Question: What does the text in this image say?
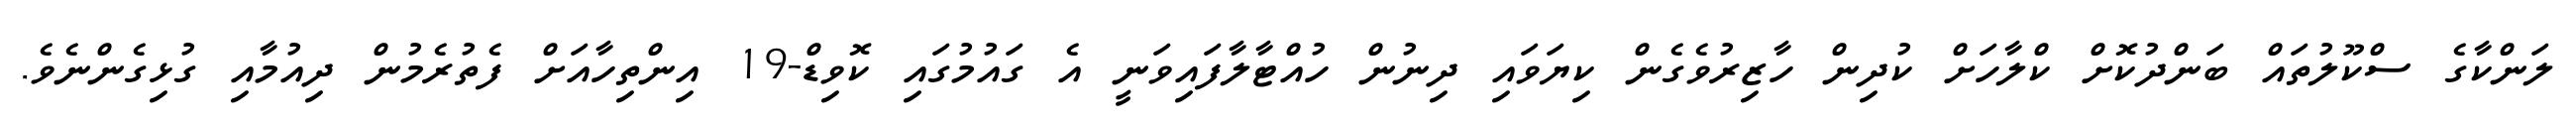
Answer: ލަންކާގެ ސްކޫލުތައް ބަންދުކޮށް ކްލާހަށް ކުދިން ހާޒިރުވެގެން ކިޔަވައި ދިނުން ހުއްޓާލާފައިވަނީ އެ ގައުމުގައި ކޮވިޑް-19 އިންތިހާއަށް ފެތުރެމުން ދިއުމާއި ގުޅިގެންނެވެ.